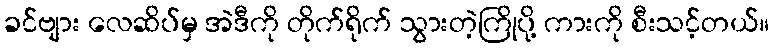
ခင်ဗျား လေဆိပ်မှ အဲဒီကို တိုက်ရိုက် သွားတဲ့ကြိုပို့ ကားကို စီးသင့်တယ်။